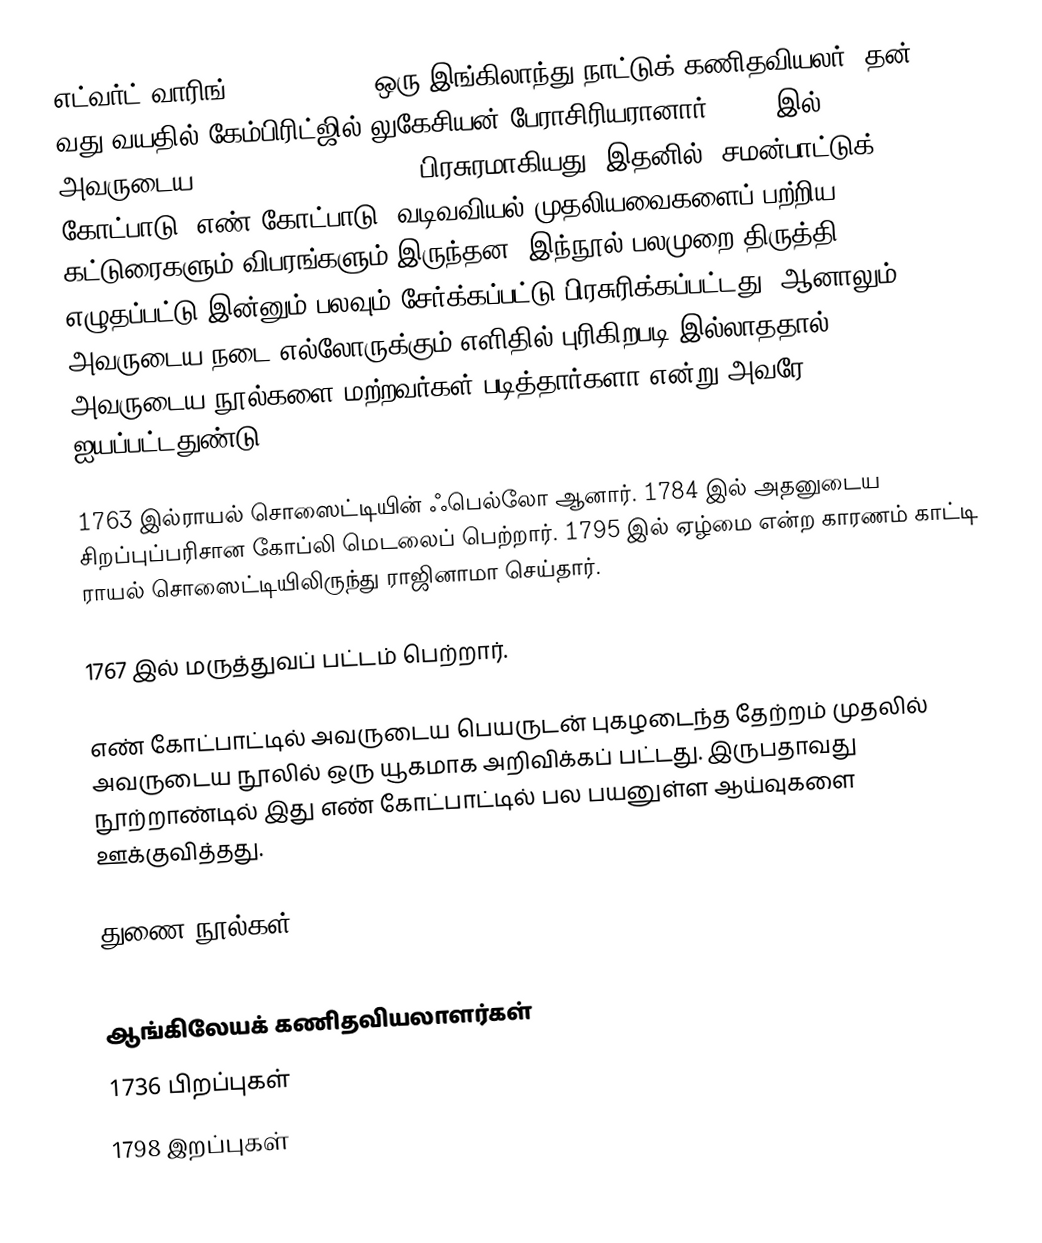
எட்வர்ட் வாரிங் (1736 - 1798) ஒரு இங்கிலாந்து நாட்டுக் கணிதவியலர்.  தன் 23 வது வயதில் கேம்பிரிட்ஜில் லுகேசியன் பேராசிரியரானார். 1762 இல் அவருடைய Miscellania Analytica பிரசுரமாகியது. இதனில், சமன்பாட்டுக் கோட்பாடு, எண் கோட்பாடு, வடிவவியல் முதலியவைகளைப் பற்றிய கட்டுரைகளும் விபரங்களும் இருந்தன. இந்நூல் பலமுறை திருத்தி எழுதப்பட்டு இன்னும் பலவும் சேர்க்கப்பட்டு பிரசுரிக்கப்பட்டது. ஆனாலும் அவருடைய நடை எல்லோருக்கும் எளிதில் புரிகிறபடி இல்லாததால் அவருடைய நூல்களை மற்றவர்கள் படித்தார்களா என்று அவரே ஐயப்பட்டதுண்டு.

1763 இல்ராயல் சொஸைட்டியின் ஃபெல்லோ ஆனார். 1784 இல் அதனுடைய சிறப்புப்பரிசான கோப்லி மெடலைப் பெற்றார். 1795 இல் ஏழ்மை என்ற காரணம் காட்டி ராயல் சொஸைட்டியிலிருந்து ராஜினாமா செய்தார்.

1767 இல் மருத்துவப் பட்டம் பெற்றார்.

எண் கோட்பாட்டில் அவருடைய பெயருடன் புகழடைந்த  தேற்றம் முதலில் அவருடைய நூலில் ஒரு யூகமாக அறிவிக்கப் பட்டது. இருபதாவது நூற்றாண்டில் இது எண் கோட்பாட்டில் பல பயனுள்ள ஆய்வுகளை ஊக்குவித்தது.

துணை நூல்கள்

ஆங்கிலேயக் கணிதவியலாளர்கள்
1736 பிறப்புகள்
1798 இறப்புகள்